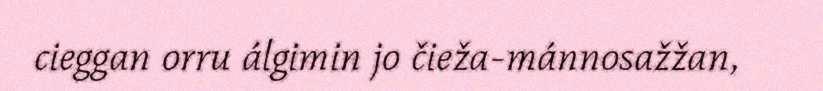
cieggan orru álgimin jo čieža-mánnosažžan,